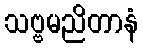
သဗ္ဗမညိတာနံ